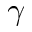
\gamma